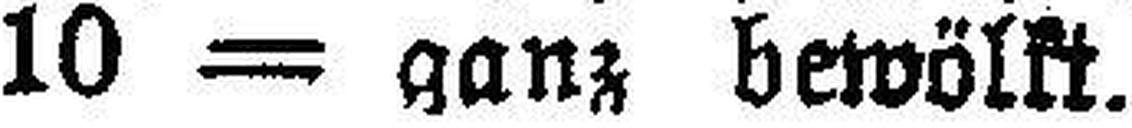
10 = ganz bewölkt.